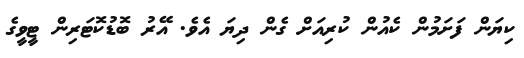
ކިޔަން ފަށަމުން ކެއުން ކުރިއަށް ގެން ދިޔަ އެވެ. އޭރު ބޮޑުކޮޓަރިން ޓީވީގެ